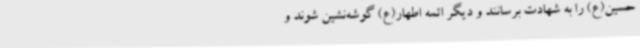
حسین(ع) را به شهادت برسانند و دیگر ائمه اطهار(ع) گوشه‌نشین شوند و